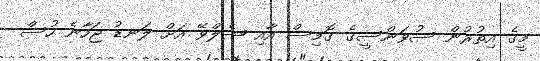
މީގެ އިތުރުން ސުވަންސީގެ ގޮމިސް އާއި ޝެލްވޭ އަށް ލަނޑު ޖަހާނެ ހުސް